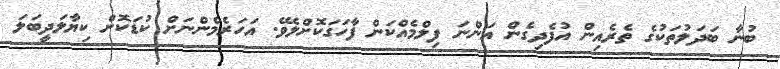
ބުނާ ބަދަލުތަކުގެ ތެރެއިން އުފެދިގެން އަންނަ ފިލްމެއްކަން ފާހަގަކޮށްލެވޭ. އަހަރެމެންނަށް ކުޑަކޮށް ކިޔާލަދީބަލަ